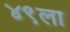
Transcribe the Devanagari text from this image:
४९ला